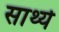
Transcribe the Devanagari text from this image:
सार्थ्य